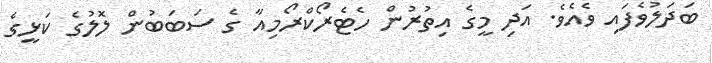
ބަދަލުވެފައި ވެއެވެ. އަދި މީގެ އިތުރުން ހެޓެރޯކްރޯމިއާ ގެ ސަބަބުން ލޮލުގެ ކަޅީގެ